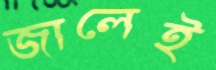
জালেই